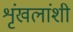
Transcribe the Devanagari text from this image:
शृंखलांशी